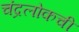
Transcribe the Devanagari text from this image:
चंद्रलोकची